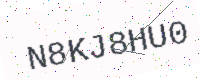
Text: N8KJ8HU0